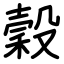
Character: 穀